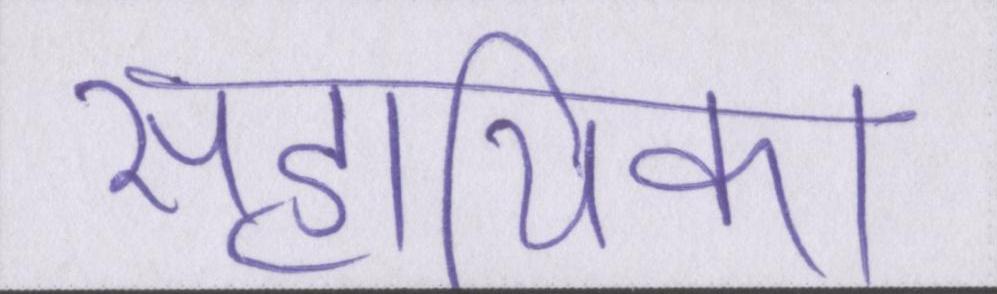
सहायिका